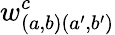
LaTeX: w_{\left(a,b\right)\left(a^{\prime},b^{\prime}\right)}^{c}